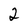
Character: 2